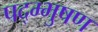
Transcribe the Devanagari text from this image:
पद्म्भुषण